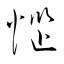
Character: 惱